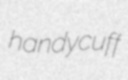
handycuff